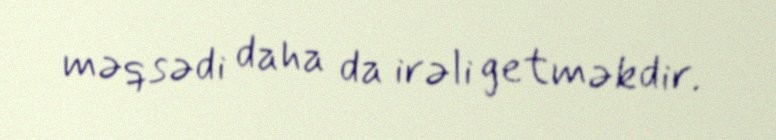
məqsədi daha da irəli getməkdir.